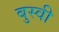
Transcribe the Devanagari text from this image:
बुस्वी